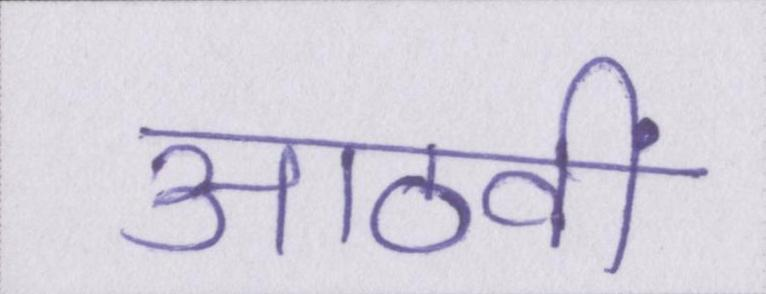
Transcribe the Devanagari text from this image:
आठवीं